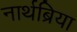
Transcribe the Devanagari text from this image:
नार्थब्रिया